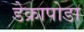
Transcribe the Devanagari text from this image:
डेक्रापोडा